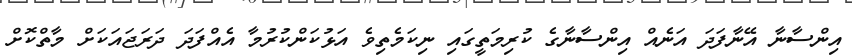
އިންސާނާ އޭނާފަދަ އަނެއް އިންސާނާގެ ކުރިމަތީގައި ނިކަމެތިވެ އަޅުކަންކުރުމާ އެއްފަދަ ދަރަޖައަކަށް މާތްކޮށް